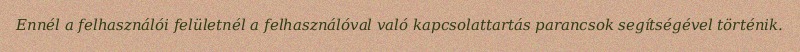
Ennél a felhasználói felületnél a felhasználóval való kapcsolattartás parancsok segítségével történik.